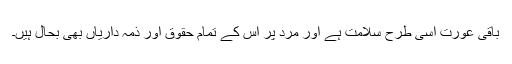
باقی عورت اسی طرح سلامت ہے اور مرد پر اس کے تمام حقوق اور ذمہ داریاں بھی بحال ہیں۔